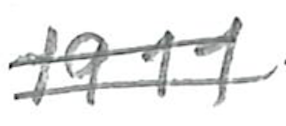
Text: 1911
Cross-out: double-line
Writing tool: pencil